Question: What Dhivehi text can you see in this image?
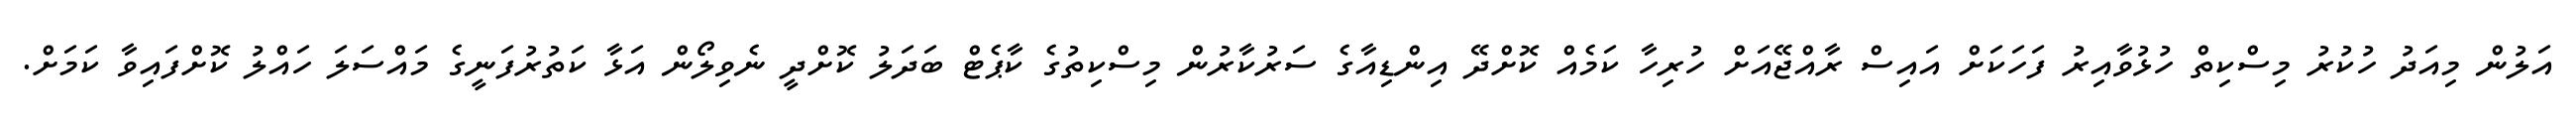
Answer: އަލުން މިއަދު ހުކުރު މިސްކިތް ހުޅުވާއިރު ފަހަކަށް އައިސް ރާއްޖޭއަށް ހުރިހާ ކަމެއް ކޮށްދޭ އިންޑިއާގެ ސަރުކާރުން މިސްކިތުގެ ކާޕެޓް ބަދަލު ކޮށްދީ ނެވިލޯން އަޅާ ކަތުރުފަނީގެ މައްސަލަ ހައްލު ކޮށްފައިވާ ކަމަށް.